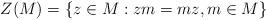
LaTeX: \begin{align*}Z(M) = \{z \in M: zm=mz, m \in M\}\end{align*}